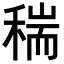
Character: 𥠄